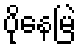
ပိုနေမြဲ